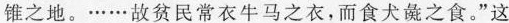
锥之地。……故贫民常衣牛马之衣，而食犬彘之食。”这